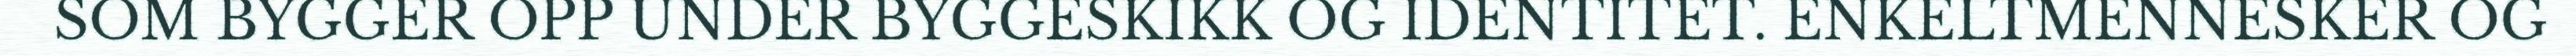
SOM BYGGER OPP UNDER BYGGESKIKK OG IDENTITET. ENKELTMENNESKER OG